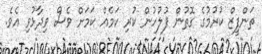
ތަންފީޒް ކުރުމުގެ ގޮތުން ފުލުހުން ކުރި ކަމެއް ކަމަށް ވެސް ވިދާޅުވި އެވެ.